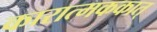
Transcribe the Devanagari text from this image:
कारात्मककात्‌